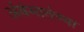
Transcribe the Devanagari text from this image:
अंबेमातेच्या